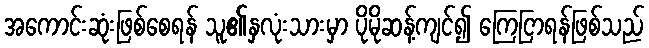
အကောင်းဆုံးဖြစ်စေရန် သူ၏နှလုံးသားမှာ ပိုမိုဆန့်ကျင်၍ ကြေငြာရန်ဖြစ်သည်